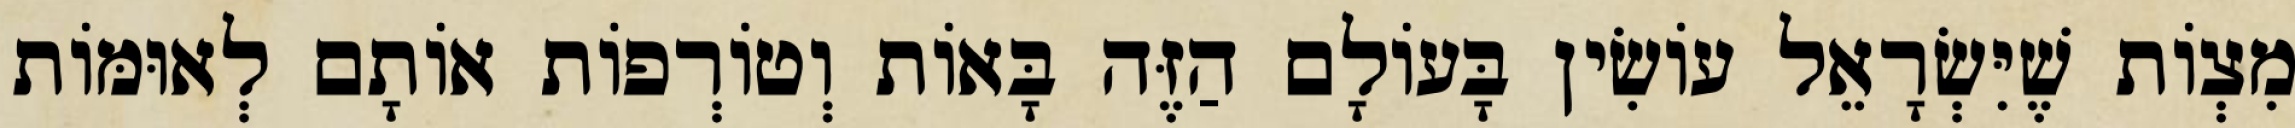
מִצְוֹת שֶׁיִּשְׂרָאֵל עוֹשִׂין בָּעוֹלָם הַזֶּה בָּאוֹת וְטוֹרְפוֹת אוֹתָם לְאוּמּוֹת